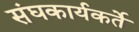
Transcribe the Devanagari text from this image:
संघकार्यकर्ते